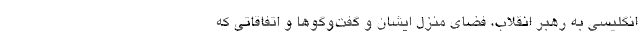
انگلیسی به رهبر انقلاب، فضای منزل ایشان و گفت‌وگوها و اتفاقاتی که